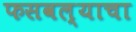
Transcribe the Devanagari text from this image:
फसवल्याचा